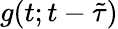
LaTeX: g(t;t-\tilde{\tau})